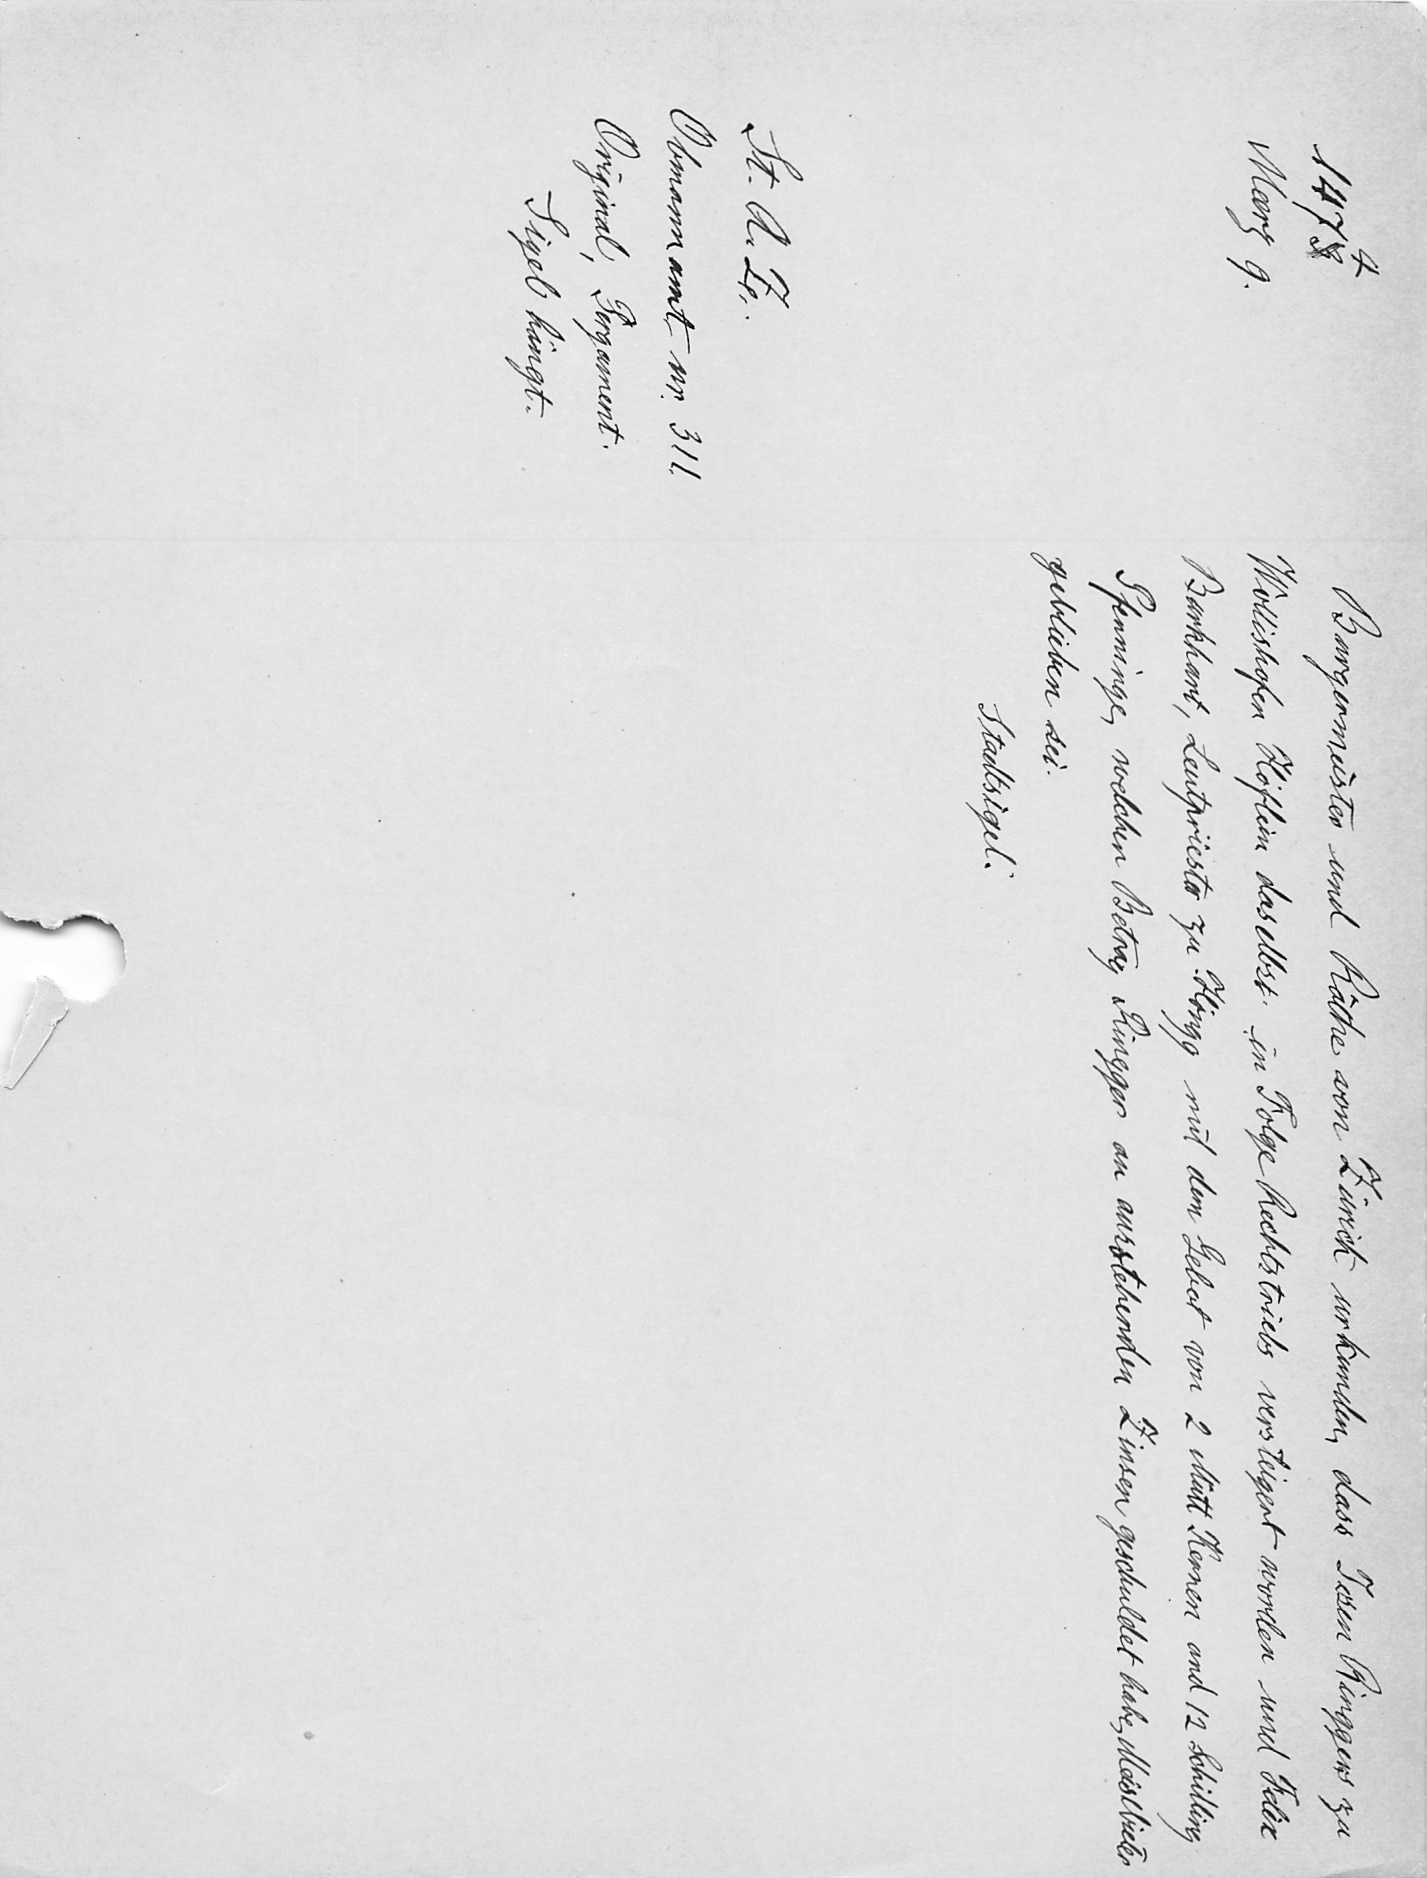
Burgermeister und Räche von Zürich urkunden, dass Josen Ringgers zu
Willishofen Höflein daselbst in Folge Rechtstriebs versteigert worden und Felix
Burkhart, Leutpriester zu Höngg mit dem Gebot von 2 Mütt Kernen und 12 Schilling
Pfenninge, welchen Betrag Ringger an ausstehenden Zinsen geschuldet habe, Meistbieter
geblieben sei.
Stadtsigel.

1473
Marz 9.
St. A. Z.
Obmannamt nr. 311.
Original, Pergament.
Sigel hängt.